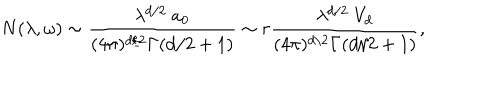
LaTeX: N ( \lambda , \omega ) \sim { \frac { \lambda ^ { d / 2 } ~ a _ { 0 } } { ( 4 \pi ) ^ { d / 2 } \Gamma ( d / 2 + 1 ) } } \sim r { \frac { \lambda ^ { d / 2 } ~ V _ { d } } { ( 4 \pi ) ^ { d / 2 } \Gamma ( d / 2 + 1 ) } } ,